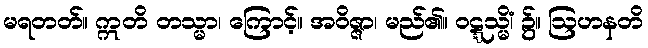
မရတတ်။ ဣတိ တသ္မာ၊ ကြောင့်။ အဝိဇ္ဇာ၊ မည်၏။ ဝဋ္ဋသ္မိံ၊ ၌။ ဩဟနတိ